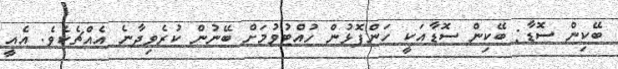
ބޭކިން ސޮޑާ: ބޭކިން ސޮޑާއަކީ ހަންފޮޅުން ހުއްޓުވުމަށް ބޭނުން ކުރެވިދާނެ އެއްޗެކެވެ. އެއީ